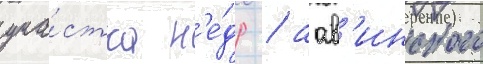
уча́стка н'е́др / аав'инского